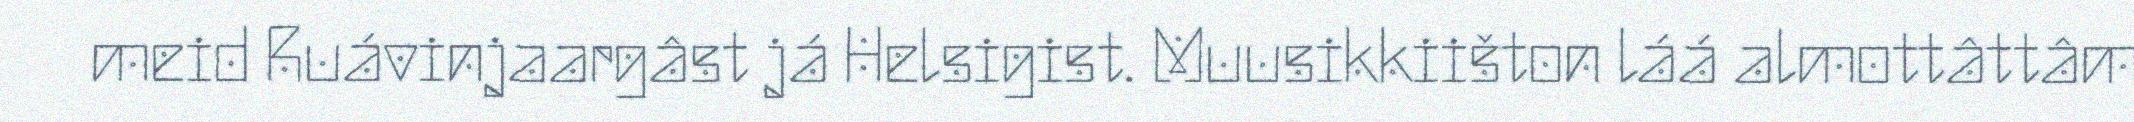
meid Ruávinjaargâst já Helsigist. Muusikkiišton láá almottâttâm